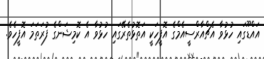
އައްޑޫގައި ހުޅުވާ އެޗްއާރްސީއެމްގެ އޮފީހަކީ އަތޮޅުތެރޭގައި ހުޅުވާ އެ ކޮމިޝަންގެ ފުރަތަމަ އޮފީހެވެ.